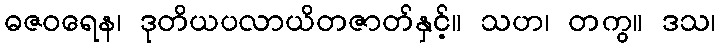
ဓဇဝရေန၊ ဒုတိယပလာယိတဇာတ်နှင့်။ သဟ၊ တကွ။ ဒသ၊